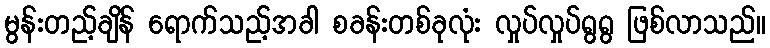
မွန်းတည့်ချိန် ရောက်သည့်အခါ စခန်းတစ်ခုလုံး လှုပ်လှုပ်ရွရွ ဖြစ်လာသည်။